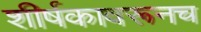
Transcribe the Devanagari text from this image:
शीर्षकावरूनच